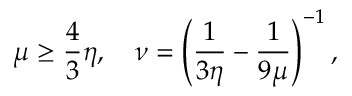
\mu \geq \frac { 4 } { 3 } \eta , \quad \nu = \left( \frac { 1 } { 3 \eta } - \frac { 1 } { 9 \mu } \right) ^ { - 1 } ,